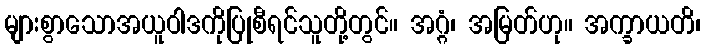
များစွာသောအယူဝါဒကိုပြုစီရင်သူတို့တွင်။ အဂ္ဂံ၊ အမြတ်ဟု။ အက္ခာယတိ၊